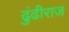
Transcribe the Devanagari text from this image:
ढुंढीराज